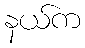
နယ်က